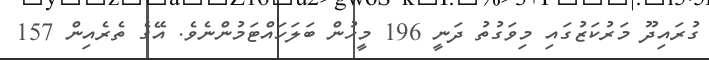
ގުރައިދޫ މަރުކަޒުގައި މިވަގުތު ދަނީ 196 މީހުން ބަލަހައްޓަމުންނެވެ. އޭގެ ތެރެއިން 157